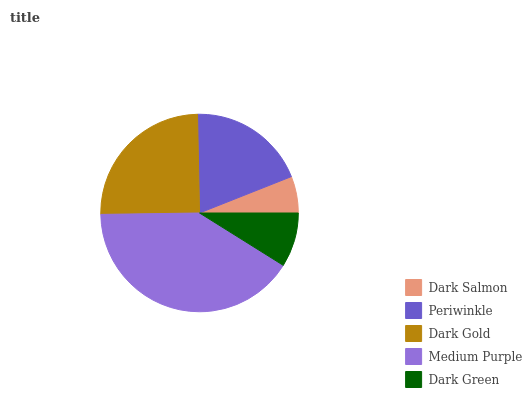
| Dark Salmon | Periwinkle | Dark Gold | Medium Purple | Dark Green |
 | --- | --- | --- | --- | --- |
 | 6.01% | 19.3% | 24.9% | 40.9% | 8.91% |